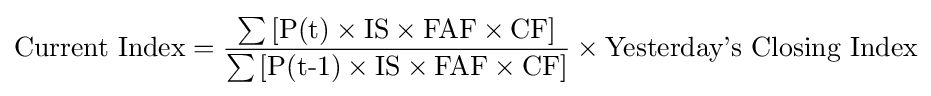
{\textrm {Current~Index}}={\frac {\sum {\textrm {[}}{\textrm {P(t)}}\times {\textrm {IS}}\times {\textrm {FAF}}\times {\textrm {CF}}{\textrm {]}}}{\sum {\textrm {[}}{\textrm {P(t-1)}}\times {\textrm {IS}}\times {\textrm {FAF}}\times {\textrm {CF}}{\textrm {]}}}}\times {\textrm {Yesterday's~Closing~Index}}